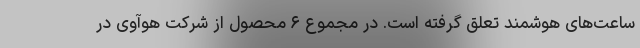
ساعت‌های هوشمند تعلق گرفته است. در مجموع ۶ محصول از شرکت هوآوی در